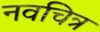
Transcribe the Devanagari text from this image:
नवचित्र